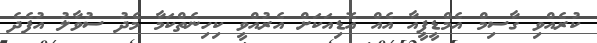
ކުރެއްވި ގާސިމް އެމްޑީޕީއާ އެއް އޮޑިއަކަށް އެރުއްވީ ކިހިނެތްކަމާ މެދު ސުވާލު އުފެދެ